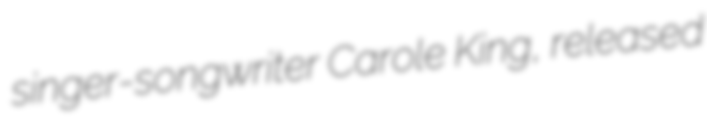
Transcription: singer-songwriter Carole King, released